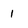
Character: 1